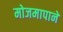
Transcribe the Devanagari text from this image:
मोजमापाने